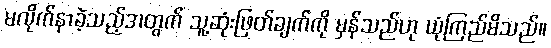
မလိုက်နာခဲ့သည့်အတွက် သူ့ဆုံးဖြတ်ချက်ကို မှန်သည်ဟု ယုံကြည်မိသည်။